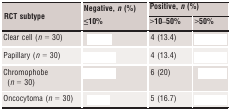
<table><thead><tr><td rowspan="3"><b>RCT subtype</b></td><td><b>Negative, <i>n</i> (%)</b></td><td colspan="2"><b>Positive, <i>n</i> (%)</b></td></tr><tr><td><b>≤10%</b></td><td><b>&gt;10–50%</b></td><td><b>&gt;50%</b></td></tr></thead><tbody><tr><td>Clear cell (<i>n</i> = 30)</td><td>[EMPTY_CELL]</td><td>4 (13.4)</td><td>[EMPTY_CELL]</td></tr><tr><td>Papillary (<i>n</i> = 30)</td><td>[EMPTY_CELL]</td><td>4 (13.4)</td><td>[EMPTY_CELL]</td></tr><tr><td>Chromophobe (<i>n</i> = 30)</td><td>[EMPTY_CELL]</td><td>6 (20)</td><td>[EMPTY_CELL]</td></tr><tr><td>Oncocytoma (<i>n</i> = 30)</td><td>[EMPTY_CELL]</td><td>5 (16.7)</td><td>[EMPTY_CELL]</td></tr></tbody></table>